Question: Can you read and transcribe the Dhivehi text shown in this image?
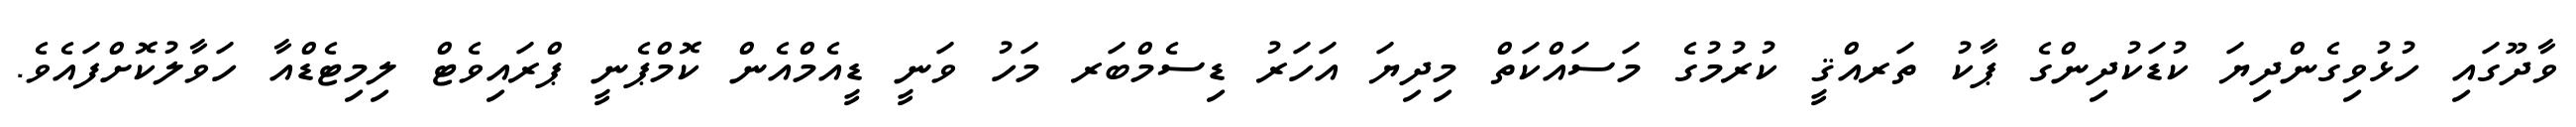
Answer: ވާދޫގައި ހުޅުވިގެންދިޔަ ކުޑަކުދިންގެ ޕާކު ތަރއްޤީ ކުރުމުގެ މަސައްކަތް މިދިޔަ އަހަރު ޑިސެމްބަރ މަހު ވަނީ ޑީއެމްއެން ކޮމްޕެނީ ޕްރައިވެޓް ލިމިޓެޑްއާ ހަވާލުކޮށްފައެވެ.